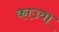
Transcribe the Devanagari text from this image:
काउवा